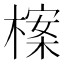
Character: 𣗈